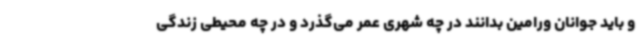
و باید جوانان ورامین بدانند در چه شهری عمر می‌گذرد و در چه محیطی زندگی